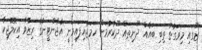
ޒޫގައި މިވަގުތު ތިބި ބައެއް ދޫނިތައް ދޫކުރުމަށް ހަމަޖެހިފައިވަނީ އާޖެންޓީނާގެ ރިޒާވާ އިކޮލޮޖިކާ